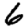
Digit: 6